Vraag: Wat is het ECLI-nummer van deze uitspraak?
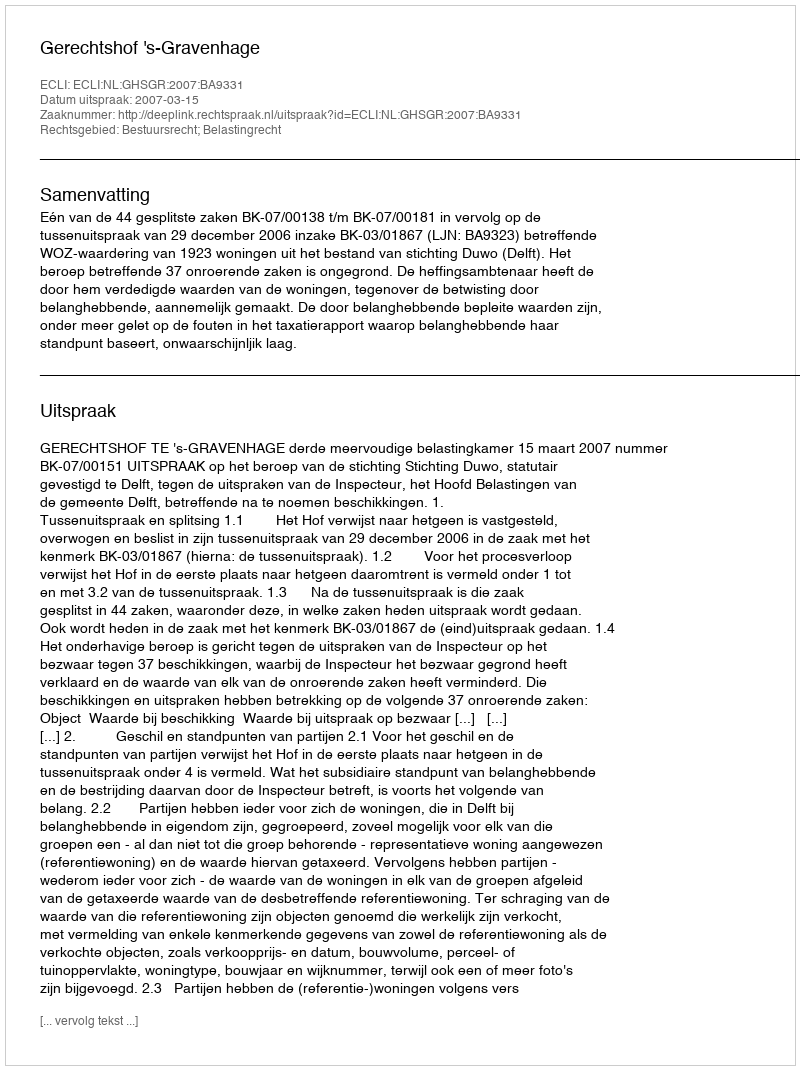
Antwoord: ECLI:NL:GHSGR:2007:BA9331